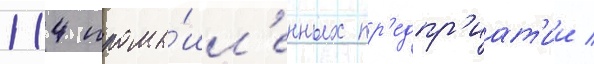
114 промы́шл'енных пр'едпр'иат'ии /